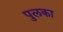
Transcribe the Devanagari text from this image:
पुलका